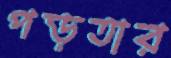
পড়তার